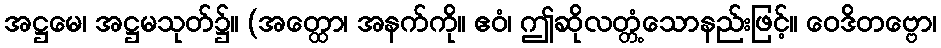
အဋ္ဌမေ၊ အဋ္ဌမသုတ်၌။ (အတ္ထော၊ အနက်ကို။ ဧဝံ၊ ဤဆိုလတ္တံ့သောနည်းဖြင့်။ ဝေဒိတဗ္ဗော၊